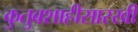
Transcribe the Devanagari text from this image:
कुतुबशाहीसारखी